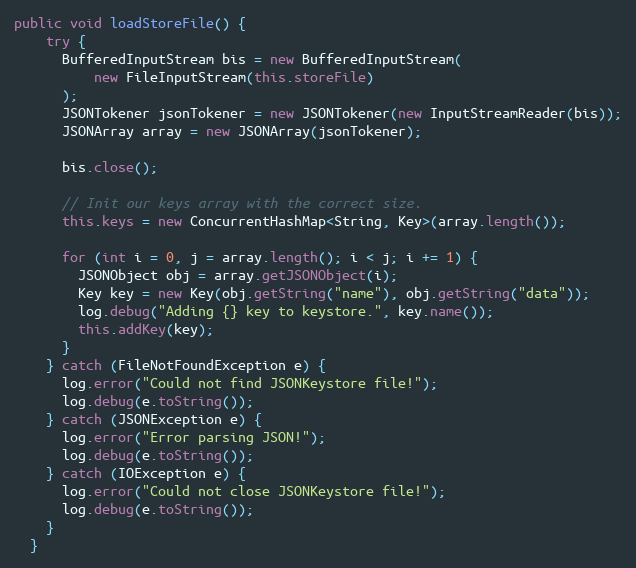
Language: Java
public void loadStoreFile() {
    try {
      BufferedInputStream bis = new BufferedInputStream(
          new FileInputStream(this.storeFile)
      );
      JSONTokener jsonTokener = new JSONTokener(new InputStreamReader(bis));
      JSONArray array = new JSONArray(jsonTokener);

      bis.close();

      // Init our keys array with the correct size.
      this.keys = new ConcurrentHashMap<String, Key>(array.length());

      for (int i = 0, j = array.length(); i < j; i += 1) {
        JSONObject obj = array.getJSONObject(i);
        Key key = new Key(obj.getString("name"), obj.getString("data"));
        log.debug("Adding {} key to keystore.", key.name());
        this.addKey(key);
      }
    } catch (FileNotFoundException e) {
      log.error("Could not find JSONKeystore file!");
      log.debug(e.toString());
    } catch (JSONException e) {
      log.error("Error parsing JSON!");
      log.debug(e.toString());
    } catch (IOException e) {
      log.error("Could not close JSONKeystore file!");
      log.debug(e.toString());
    }
  }